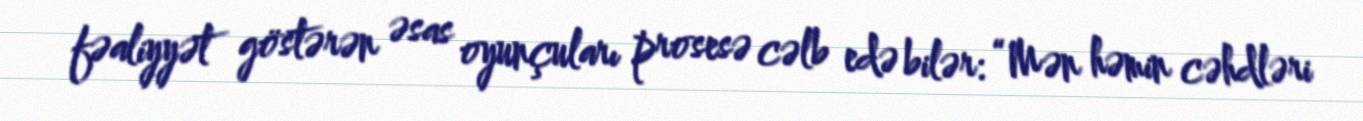
fəaliyyət göstərən əsas oyunçuları prosesə cəlb edə bilər: “Mən həmin cəhdləri